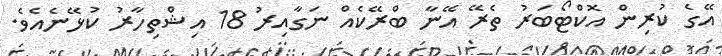
އޭގެ ކުރިން އޮކްޓޯބަރު ތެރޭ އޭނާ ބްރޭކެއް ނަގާއިރު 18 އިޝްތިހާރު ކުޅޭނެއެވެ.